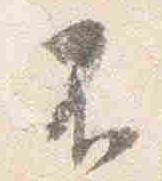
不